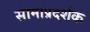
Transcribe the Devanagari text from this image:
सीमाप्रदर्शक